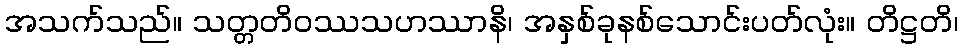
အသက်သည်။ သတ္တတိဝဿသဟဿာနိ၊ အနှစ်ခုနစ်သောင်းပတ်လုံး။ တိဋ္ဌတိ၊